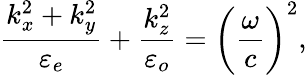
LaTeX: \frac{k_{x}^{2}+k_{y}^{2}}{\varepsilon_{e}}+\frac{k_{z}^{2}}{\varepsilon_{o}}=\bigg(\frac{\omega}{c}\bigg)^{2},